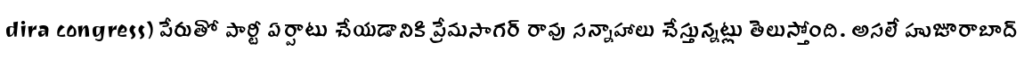
dira congress) పేరుతో పార్టీ ఏర్పాటు చేయడానికి ప్రేమసాగర్ రావు సన్నాహాలు చేస్తున్నట్లు తెలుస్తోంది. అసలే హుజూరాబాద్